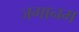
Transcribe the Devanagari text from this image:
जगानम